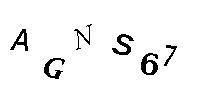
AGNS67